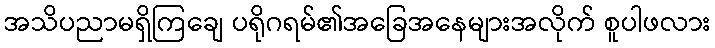
အသိပညာမရှိကြချေ ပရိုဂရမ်၏အခြေအနေများအလိုက် စူပါဖလား